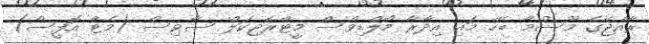
ރާއްޖޭގެ މޫސުމާ ބެހޭ މައި އިދާރާ މޯލްޑިވްސް މީޓްރޮޖިކަލް ސާވިސް (މެޓް އޮފީސް)